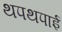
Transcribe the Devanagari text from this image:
थपथपाई